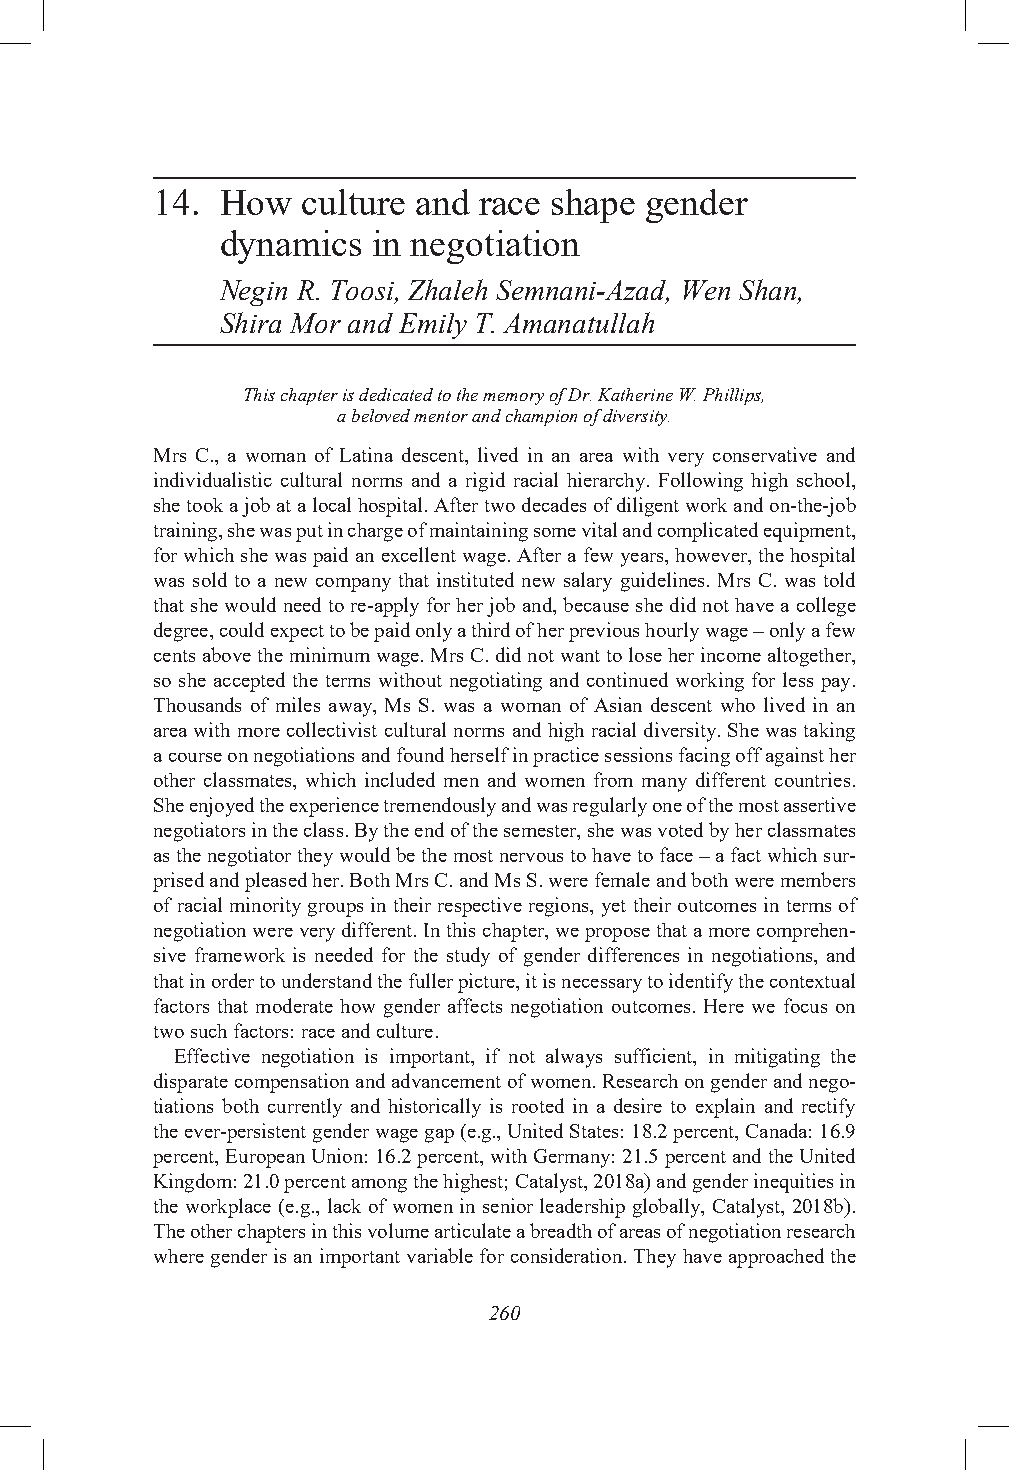
14.  How  culture and race shape gender
 dynamics  in negotiation
 Negin R. Toosi, Zhaleh Semnani-Azad, Wen Shan,
 Shira Mor and Emily T. Amanatullah
 This chapter is dedicated to the memory of Dr. Katherine W. Phillips,
 a beloved mentor and champion of diversity.
 Mrs C., a woman of Latina descent, lived in an area with very conservative and
 individualistic cultural norms and a rigid racial hierarchy. Following high school,
 she took a job at a local hospital. After two decades of diligent work and on-the-job
 training, she was put in charge of maintaining some vital and complicated equipment,
 for which she was paid an excellent wage. After a few years, however, the hospital
 was sold to a new company that instituted new salary guidelines. Mrs C. was told
 that she would need to re-apply for her job and, because she did not have a college
 degree, could expect to be paid only a third of her previous hourly wage – only a few
 cents above the minimum wage. Mrs C. did not want to lose her income altogether,
 so she accepted the terms without negotiating and continued working for less pay.
 Thousands of miles away, Ms S. was a woman of Asian descent who lived in an
 area with more collectivist cultural norms and high racial diversity. She was taking
 a course on negotiations and found herself in practice sessions facing off against her
 other classmates, which included men and women from many different countries.
 She enjoyed the experience tremendously and was regularly one of the most assertive
 negotiators in the class. By the end of the semester, she was voted by her classmates
 as the negotiator they would be the most nervous to have to face – a fact which sur-
 prised and pleased her. Both Mrs C. and Ms S. were female and both were members
 of racial minority groups in their respective regions, yet their outcomes in terms of
 negotiation were very different. In this chapter, we propose that a more comprehen-
 sive framework is needed for the study of gender differences in negotiations, and
 that in order to understand the fuller picture, it is necessary to identify the contextual
 factors that moderate how gender affects negotiation outcomes. Here we focus on
 two such factors: race and culture.
 Effective negotiation is important, if not always sufficient, in mitigating the
 disparate compensation and advancement of women. Research on gender and nego-
 tiations both currently and historically is rooted in a desire to explain and rectify
 the ever-persistent gender wage gap (e.g., United States: 18.2 percent, Canada: 16.9
 percent, European Union: 16.2 percent, with Germany: 21.5 percent and the United
 Kingdom: 21.0 percent among the highest; Catalyst, 2018a) and gender inequities in
 the workplace (e.g., lack of women in senior leadership globally, Catalyst, 2018b).
 The other chapters in this volume articulate a breadth of areas of negotiation research
 where gender is an important variable for consideration. They have approached the
 260